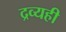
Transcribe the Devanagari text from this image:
द्रव्यही